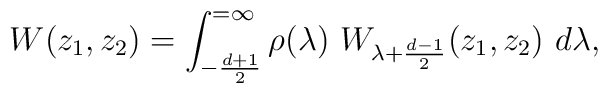
W(z_1,z_2) = \int_{-{d+1\over 2}}^{=\infty} \rho(\lambda)\ W_{\lambda + \frac{d-1}{2}}(z_1,z_2)\  d\lambda,